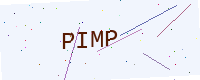
Text: PIMP